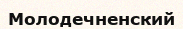
Молодечненский